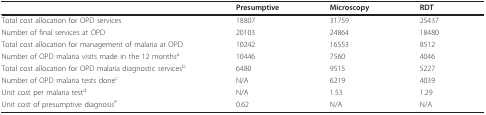
<table><thead><tr><td></td><td><b>Presumptive</b></td><td><b>Microscopy</b></td><td><b>RDT</b></td></tr></thead><tbody><tr><td>Total cost allocation for OPD services</td><td>18807</td><td>31759</td><td>25437</td></tr><tr><td>Number of final services at OPD</td><td>20103</td><td>24864</td><td>18480</td></tr><tr><td>Total cost allocation for management of malaria at OPD</td><td>10242</td><td>16553</td><td>8512</td></tr><tr><td>Number of OPD malaria visits made in the 12 months<sup>a</sup></td><td>10446</td><td>7560</td><td>4046</td></tr><tr><td>Total cost allocation for OPD malaria diagnostic services<sup>b</sup></td><td>6480</td><td>9515</td><td>5227</td></tr><tr><td>Number of OPD malaria tests done<sup>c</sup></td><td>N/A</td><td>6219</td><td>4039</td></tr><tr><td>Unit cost per malaria test<sup>d</sup></td><td>N/A</td><td>1.53</td><td>1.29</td></tr><tr><td>Unit cost of presumptive diagnosis<sup>e</sup></td><td>0.62</td><td>N/A</td><td>N/A</td></tr></tbody></table>